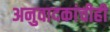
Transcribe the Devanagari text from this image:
अनुवादकांचीही